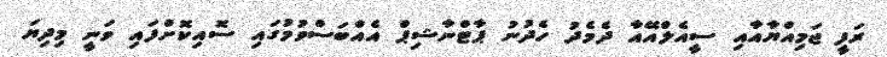
ރަފީ ޖަމިއްޔާއާއި ސީއެލްއޭއާ ދެމެދު ހެދުނު ޕާޓްނާޝިޕް އެއްބަސްވުމުގައި ސޮއިކޮށްފައި ވަނީ މިދިޔަ